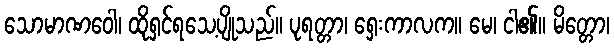
သောမာဏဝေါ၊ ထိုရှင်ရသေ့ပျိုသည်။ ပုရတ္တာ၊ ရှေးကာလက။ မေ၊ ငါ၏။ မိတ္တော၊